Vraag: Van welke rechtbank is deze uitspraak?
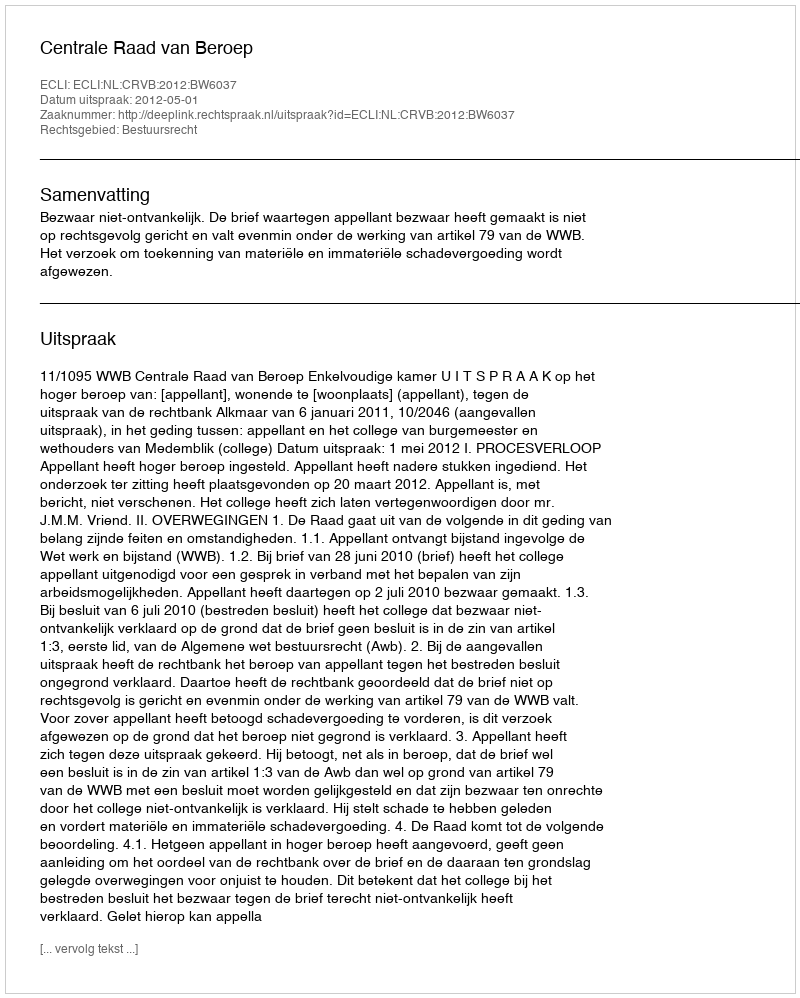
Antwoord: Centrale Raad van Beroep